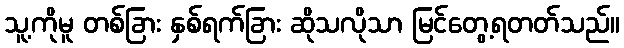
သူ့ကိုမူ တစ်ခြား နှစ်ရက်ခြား ဆိုသလိုသာ မြင်တွေ့ရတတ်သည်။